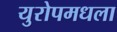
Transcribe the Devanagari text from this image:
युरोपमधला